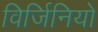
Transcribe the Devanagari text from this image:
विर्जिनियो